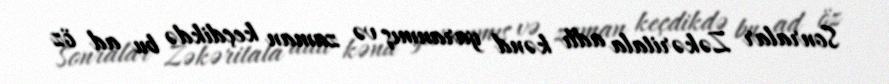
Sonralar Zəkəritala adlı kənd yaranmış və zaman keçdikdə bu ad öz